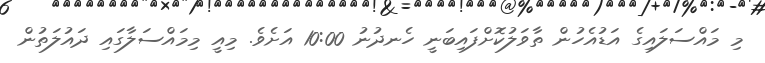
މި މައްސަލައިގެ އަޑުއެހުން ތާވަލުކޮށްފައިބަނީ ހެނދުނު 10:00 އަށެވެ. މިއީ މިމައްސަލާގައި ދައުލަތުން